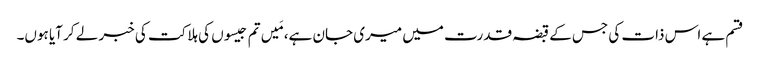
قسم ہے اس ذات کی جس کے قبضہ قدرت میں میری جان ہے، مَیں تم جیسوں کی ہلاکت کی خبر لے کر آیا ہوں۔